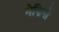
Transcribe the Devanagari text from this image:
मेज़िनो